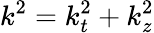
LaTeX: k^{2}=k_{t}^{2}+k_{z}^{2}